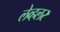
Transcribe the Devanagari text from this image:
लेव्हलर